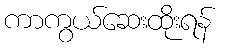
ကာကွယ်ဆေးထိုးရန်